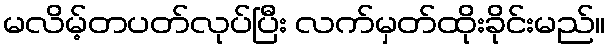
မလိမ့်တပတ်လုပ်ပြီး လက်မှတ်ထိုးခိုင်းမည်။